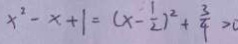
x ^ { 2 } - x + 1 = ( x - \frac { 1 } { 2 } ) ^ { 2 } + \frac { 3 } { 4 } > 0